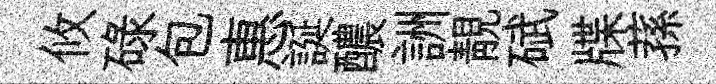
攸碌包惠誕醲詶靚碔牒蓀